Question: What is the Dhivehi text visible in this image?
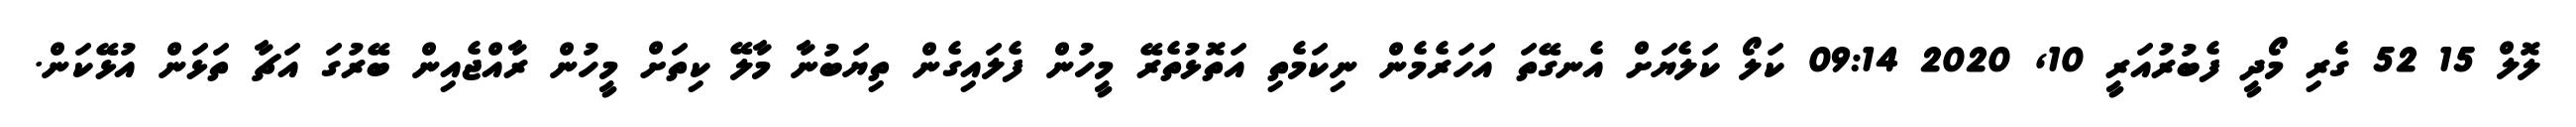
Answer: ލޮލް 15 52 ގެރި މޯދީ ފެބުރުއަރީ 10, 2020 09:14 ކަލޯ ކަލެޔަށް އެނގޭތަ އަހަރެމެން ނިކަމެތި އަތޮޅުތެރޭ މީހުން ފެލައިގެން ތިޔަބުނާ މާލޭ ކިތަށް މީހުން ރާއްޖެއިން ބޭރުގަ އަޗާ ތަޅަން އުޅޭކަން.